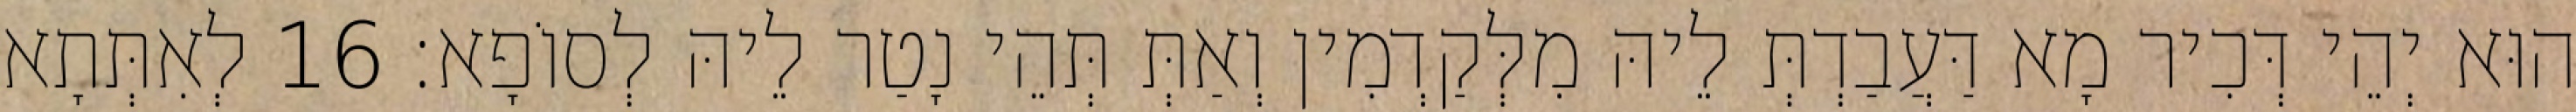
הוּא יְהֵי דְּכִיר מָא דַּעֲבַדְתְּ לֵיהּ מִלְּקַדְמִין וְאַתְּ תְּהֵי נָטַר לֵיהּ לְסוֹפָא׃ 16 לְאִתְּתָא